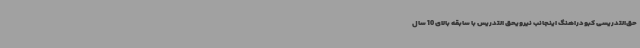
حق‌التدریسی کبودراهنگ اینجانب نیرویحق التدریس با سابقه بالای 10 سال